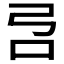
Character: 𰇉